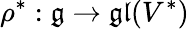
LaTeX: \rho^{*}:{\mathfrak{g}}\rightarrow{\mathfrak{gl}}(V^{*})